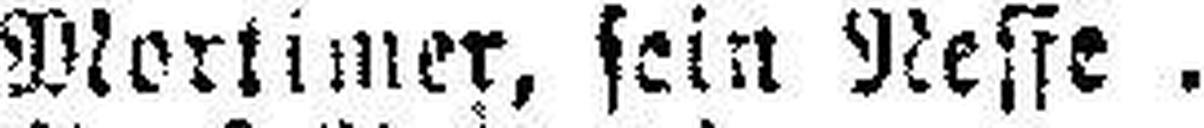
Mortimer, sein Refse Hr. Senger.